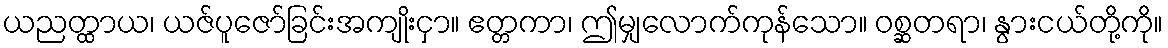
ယညတ္ထာယ၊ ယဇ်ပူဇော်ခြင်းအကျိုးငှာ။ ဧတ္တကာ၊ ဤမျှလောက်ကုန်သော။ ဝစ္ဆတရာ၊ နွားငယ်တို့ကို။